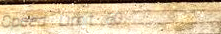
Speed Limit 60